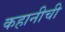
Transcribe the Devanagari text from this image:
कहानीची